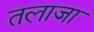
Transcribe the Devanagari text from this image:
तलाजा